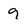
Character: 9